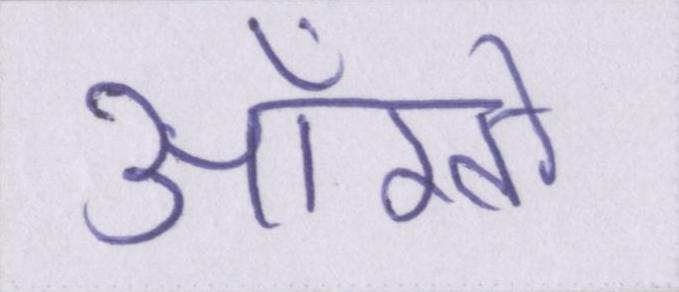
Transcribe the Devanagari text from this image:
आँखों